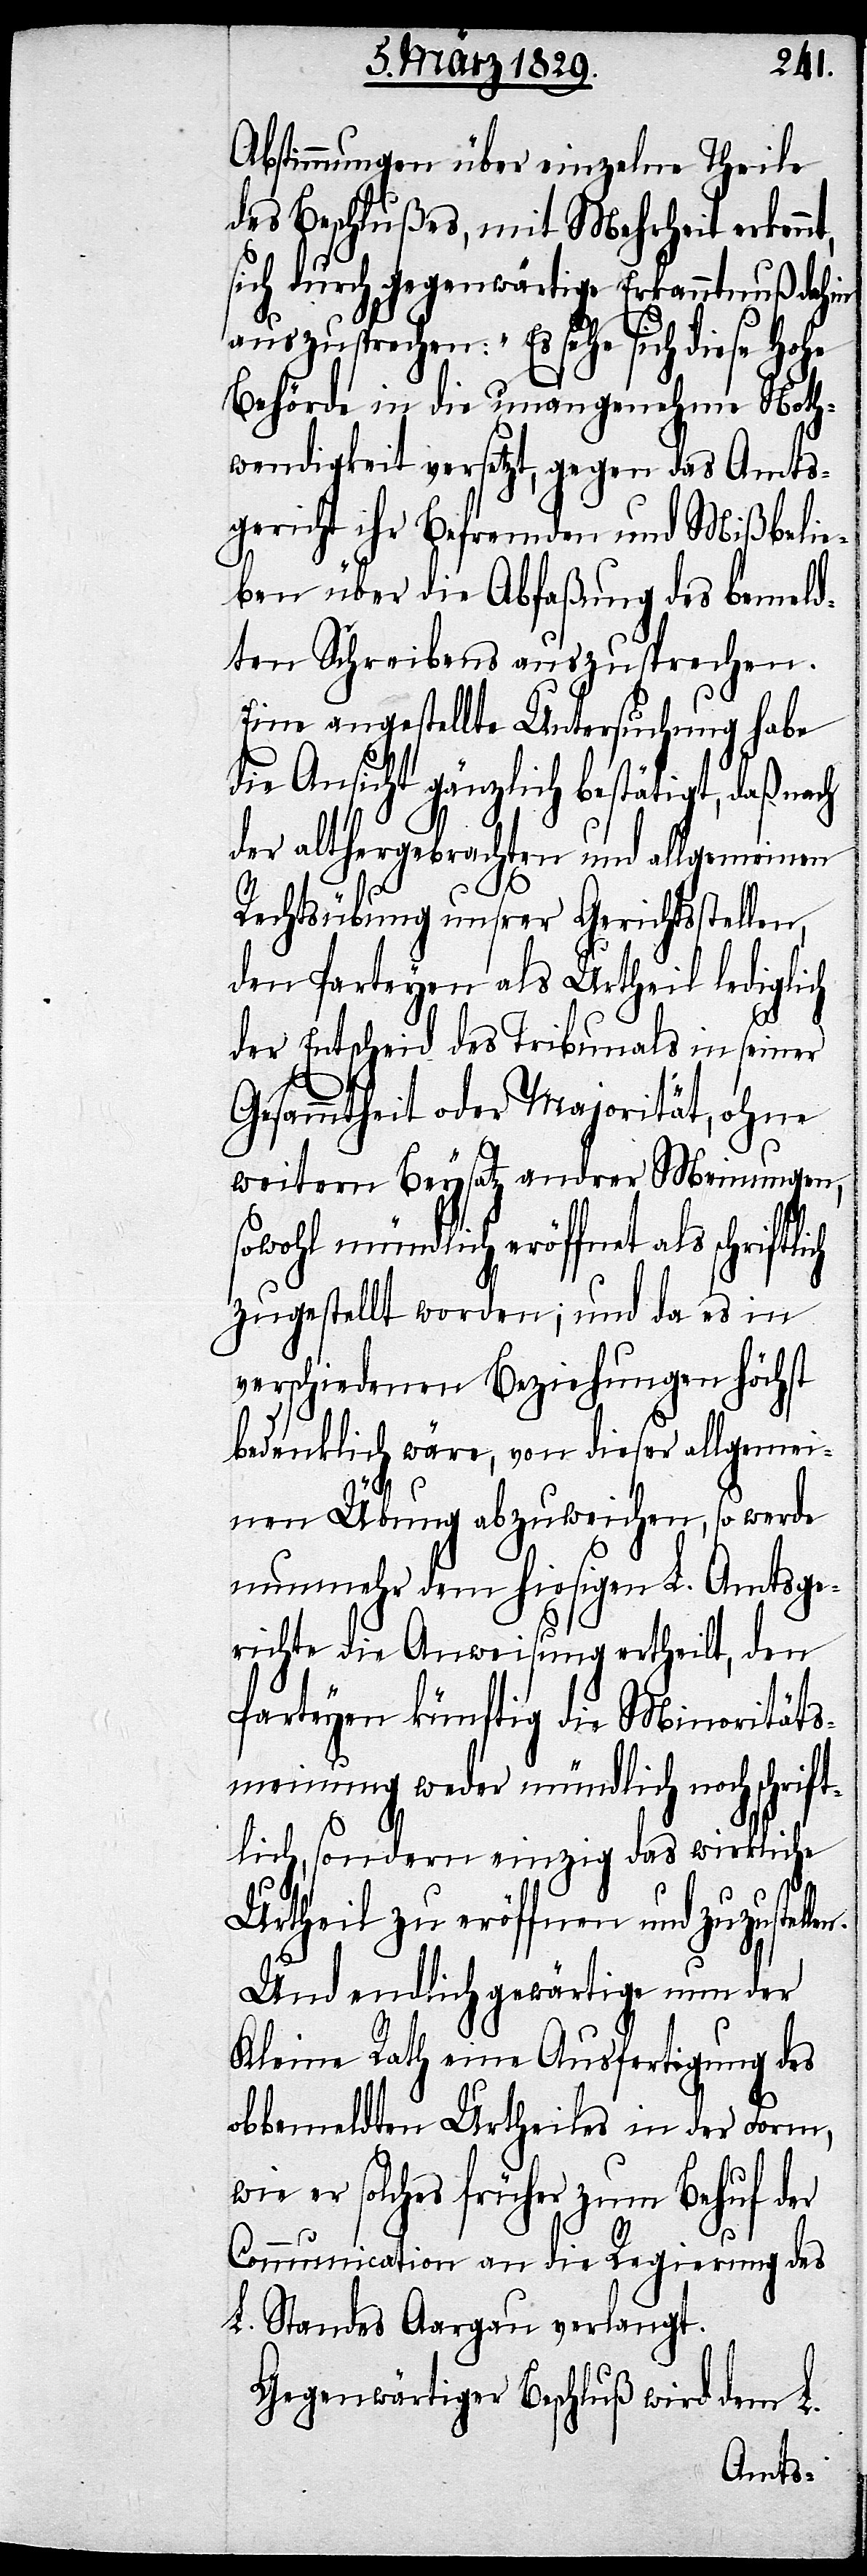
Abstimmungen über einzelne Theile
des Beschlußes, mit Mehrheit erkenn¬
sich durch gegenwärtige Erkanntnuß dahin
auszusprechen: „Es sehe sich diese Hohe
Behörde in die unangenehme Noth¬
wendigkeit versetzt, gegen das Amts¬
gericht ihr Befremden und Mißbelie¬
ben über die Abfaßung des bemeld¬
ten Schreibens auszusprechen.
Eine angestellte Untersuchung habe
die Ansicht gänzlich bestätigt, daß nach
der althergebrachten und allgemeinen
Rechtsübung unsrer Gerichtsstellen,
den Parteyen als Urtheil lediglich
der Entscheid des Tribunals in seiner
Gesammtheit oder Majorität, ohne
weitern Beysatz andrer Meinungen,
sowohl mündlich eröffnet als schriftli¬
zugestellt worden; und da es in
verschiedenen Beziehungen höchst
bedenklich wäre, von dieser allgemei¬
len.[“]
nen Übung abzuweichen, so werde
nunmehr dem hiesigen L. Amtsge¬
richt die Anweisung ertheilt, den
Parteyen künftig die Minoritäts¬
meinung weder mündlich noch schrift¬
lich, sondern einzig das wirkliche
Urtheil zu eröffnen und zuzustel¬
Und endlich gewärtige nun der
Kleine Rath eine Ausfertigung des
obbemeldten Urtheils in der Form,
wie er solches früher zum Behuf der
Communication an die Regierung des
L. Standes Aargau verlangt.
Gegenwärtiger Beschluß wird dem L.